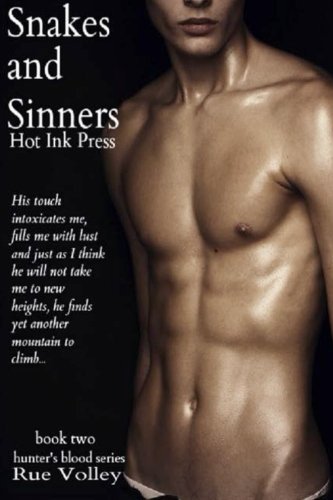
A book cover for Snakes and Sinners: Hunter's Blood series (Volume 2); Rue Volley; Romance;